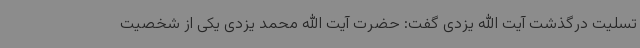
تسلیت درگذشت آیت الله یزدی گفت: حضرت آیت الله محمد یزدی یکی از شخصیت